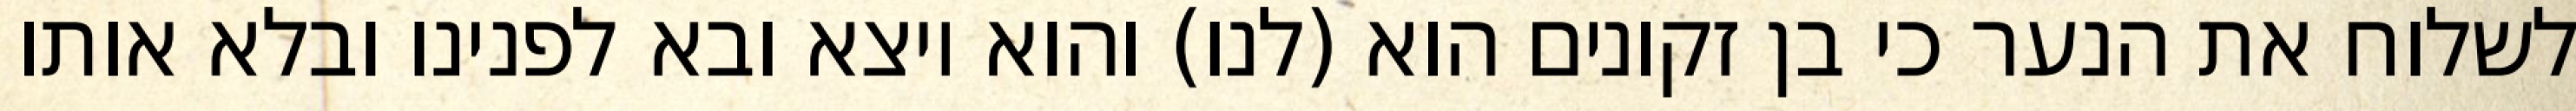
לשלוח את הנער כי בן זקונים הוא (לנו) והוא יוצא ובא לפנינו ובלא אותו